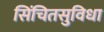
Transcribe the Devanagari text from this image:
सिंचितसुविधा